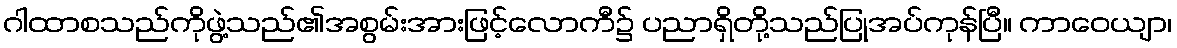
ဂါထာစသည်ကိုဖွဲ့သည်၏အစွမ်းအားဖြင့်လောကီ၌ ပညာရှိတို့သည်ပြုအပ်ကုန်ပြီ။ ကာဝေယျာ၊